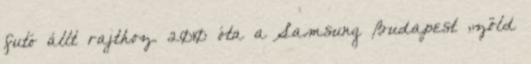
futó állt rajthoz. 2010 óta a Samsung Budapest „zöld